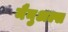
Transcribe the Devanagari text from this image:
मैनुअल्स